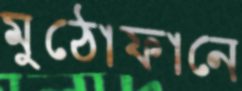
মুঠোফানে